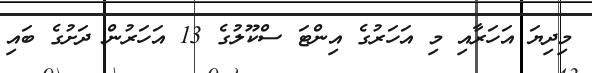
މިދިޔަ އަހަރާއި މި އަހަރުގެ އިންޓަ ސްކޫލުގެ 13 އަހަރުން ދަށުގެ ބައި